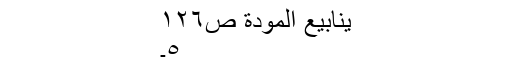
ینابیع المودة ص١٢٦
٥۔